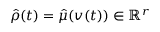
\ensuremath { \hat { \rho } } ( t ) = \ensuremath { \hat { \mu } } ( v ( t ) ) \in \ensuremath { \mathbb { R } } ^ { r }